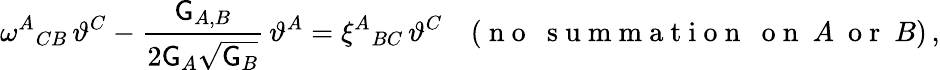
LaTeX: \omega^{A}{}_{CB}\, \vartheta^{C}-\frac{\mathsf{G}_{A,B}}{2\mathsf{G}_{A}\sqrt{\mathsf{G}_{B}}}\, \vartheta^{A}=\xi^{A}{}_{BC}\, \vartheta^{C}\quad(\mathrm{~n~o~~~s~u~m~m~a~t~i~o~n~~~o~n~}~A~\mathrm{~o~r~}~B)\, ,